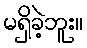
မရှိခဲ့ဘူး။